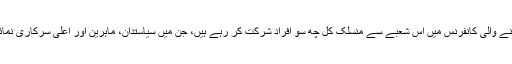
ڈریسڈن میں ہونے والی کانفرنس میں اس شعبے سے منسلک کل چھ سو افراد شرکت کر رہے ہیں، جن میں سیاستدان، ماہرین اور اعلٰی سرکاری نمائندے شامل ہیں۔